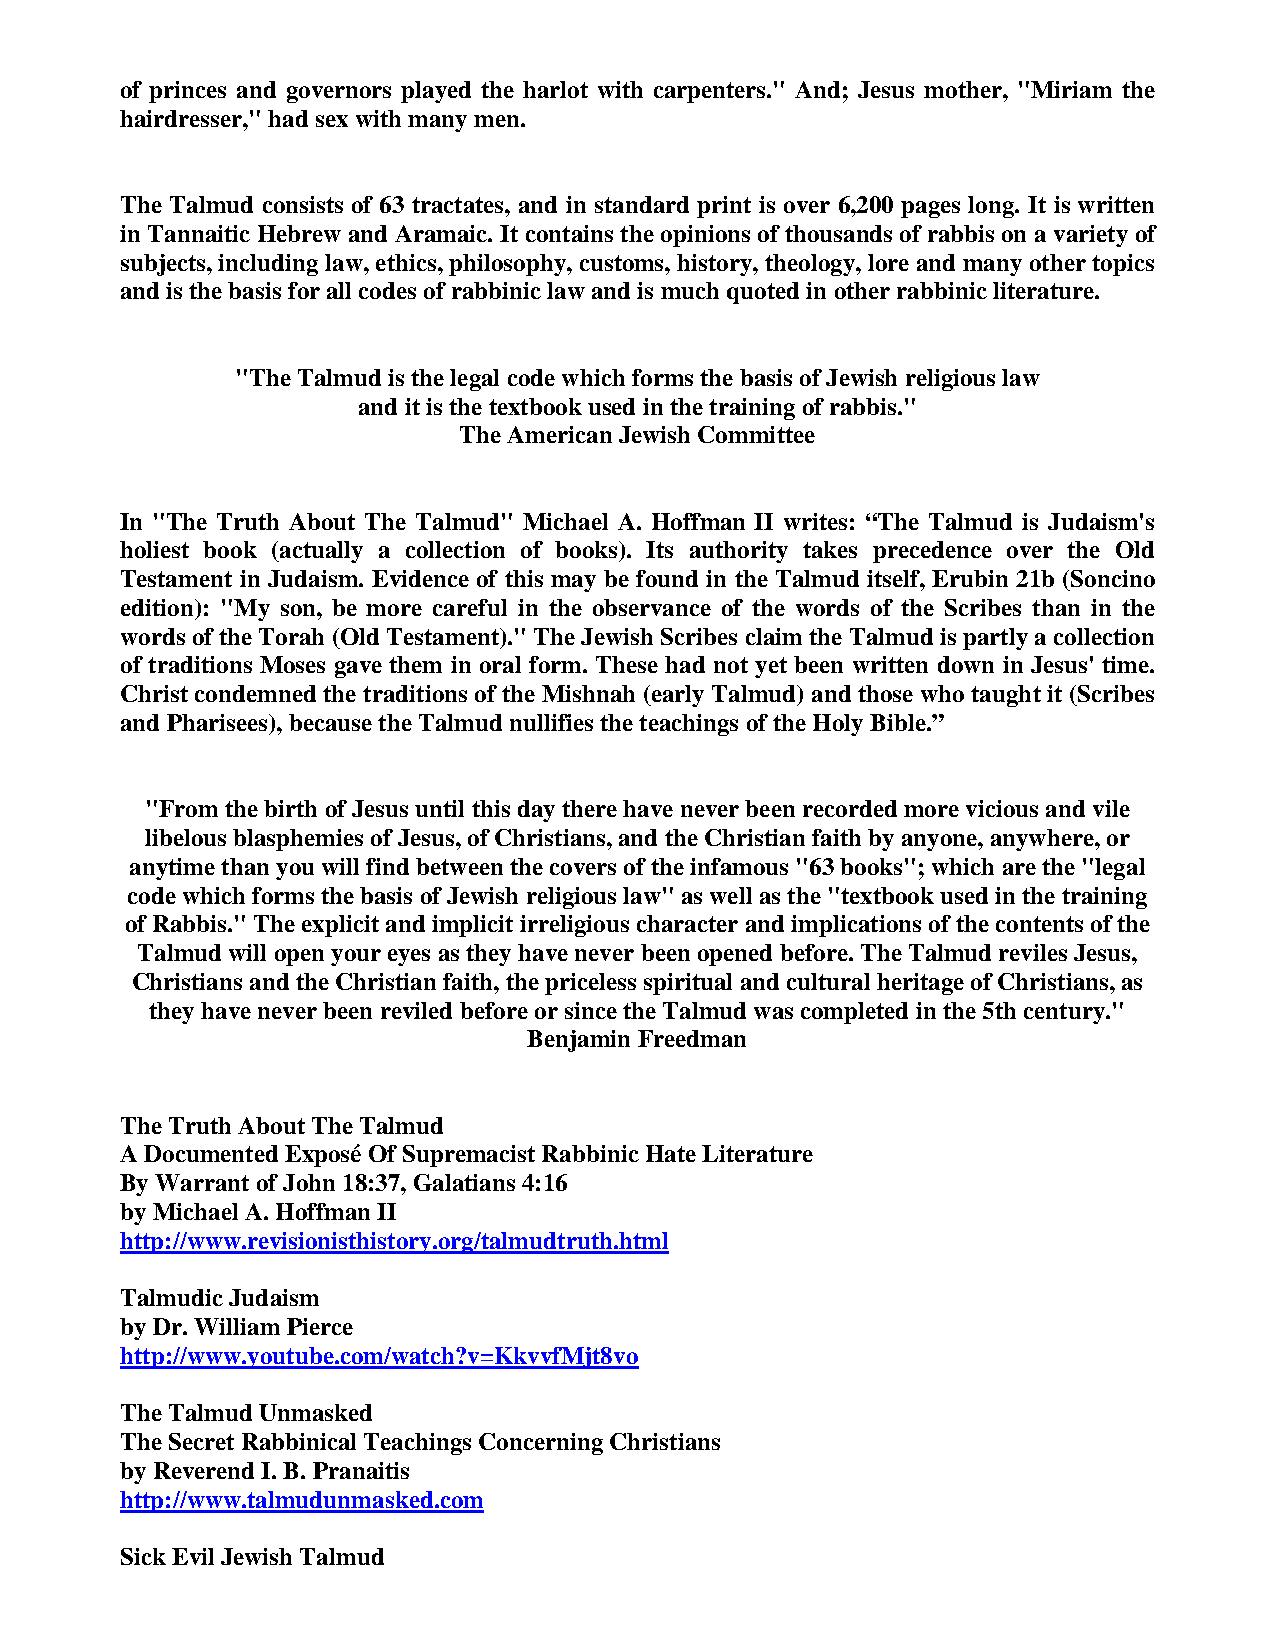
of princes and governors played the harlot with carpenters." And; Jesus mother, "Miriam the
 hairdresser," had sex with many men.
 The Talmud consists of 63 tractates, and in standard print is over 6,200 pages long. It is written
 in Tannaitic Hebrew and Aramaic. It contains the opinions of thousands of rabbis on a variety of
 subjects, including law, ethics, philosophy, customs, history, theology, lore and many other topics
 and is the basis for all codes of rabbinic law and is much quoted in other rabbinic literature.
 "The Talmud is the legal code which forms the basis of Jewish religious law
 and it is the textbook used in the training of rabbis."
 The American Jewish Committee
 In "The Truth About The Talmud" Michael A. Hoffman II writes: “The Talmud is Judaism's
 holiest book (actually a collection of books). Its authority takes precedence over the Old
 Testament in Judaism. Evidence of this may be found in the Talmud itself, Erubin 21b (Soncino
 edition): "My son, be more careful in the observance of the words of the Scribes than in the
 words of the Torah (Old Testament)." The Jewish Scribes claim the Talmud is partly a collection
 of traditions Moses gave them in oral form. These had not yet been written down in Jesus' time.
 Christ condemned the traditions of the Mishnah (early Talmud) and those who taught it (Scribes
 and Pharisees), because the Talmud nullifies the teachings of the Holy Bible.”
 "From the birth of Jesus until this day there have never been recorded more vicious and vile
 libelous blasphemies of Jesus, of Christians, and the Christian faith by anyone, anywhere, or
 anytime than you will find between the covers of the infamous "63 books"; which are the "legal
 code which forms the basis of Jewish religious law" as well as the "textbook used in the training
 of Rabbis." The explicit and implicit irreligious character and implications of the contents of the
 Talmud will open your eyes as they have never been opened before. The Talmud reviles Jesus,
 Christians and the Christian faith, the priceless spiritual and cultural heritage of Christians, as
 they have never been reviled before or since the Talmud was completed in the 5th century."
 Benjamin Freedman
 The Truth About The Talmud
 A Documented Exposé Of Supremacist Rabbinic Hate Literature
 By Warrant of John 18:37, Galatians 4:16
 by Michael A. Hoffman II
 http://www.revisionisthistory.org/talmudtruth.html
 Talmudic Judaism
 by Dr. William Pierce
 http://www.youtube.com/watch?v=KkvvfMjt8vo
 The Talmud Unmasked
 The Secret Rabbinical Teachings Concerning Christians
 by Reverend I. B. Pranaitis
 http://www.talmudunmasked.com
 Sick Evil Jewish Talmud